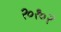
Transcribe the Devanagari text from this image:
२०१०२